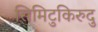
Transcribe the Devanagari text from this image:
सिमिटुकिरुदु